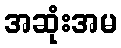
အဆုံးအမ